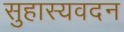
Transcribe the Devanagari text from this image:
सुहास्यवदन